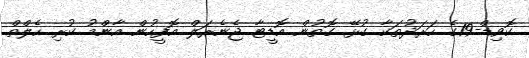
ކޮވިޑް-19ގެ ހަރަދުތަކާ ގުޅޭ ގޮތުން އޮޑީޓާ ޖެނެރަލް އޮފީހުން އާންމު ކުރި ހެލްތް